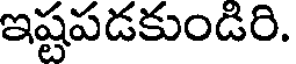
ఇష్టపడకుండిరి.